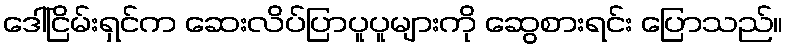
ဒေါ်ငြိမ်းရှင်က ဆေးလိပ်ပြာပူပူများကို ဆွေစားရင်း ပြောသည်။